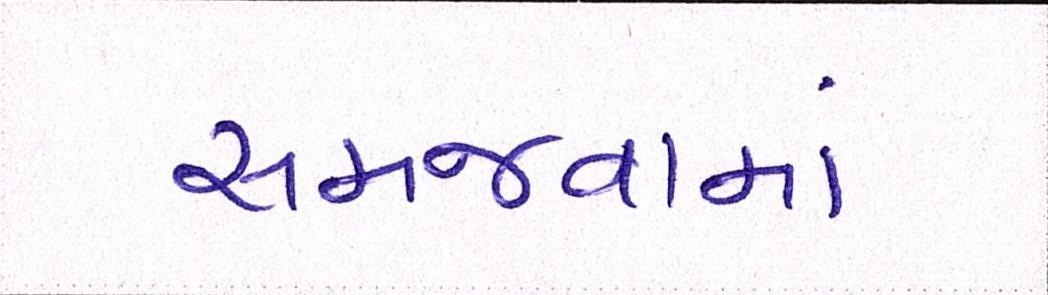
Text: સમજવામાં